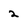
Character: 2